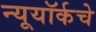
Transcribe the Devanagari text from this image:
न्यूयॉर्कचे